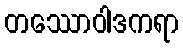
တဿောဝါဒကရာ